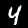
Label: 4